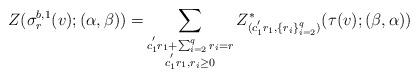
LaTeX: \begin{align*}\begin{aligned}Z(\sigma^{b,1}_{r}(v);(\alpha,\beta))=&\sum_{\begin{subarray}{c}c^{'}_{1}r_1+\sum_{i=2}^{q}r_i=r\\c^{'}_{1}r_1, r_i\ge0\end{subarray}}Z^{*}_{(c^{'}_1r_1,\{r_i\}_{i=2}^{q})}(\tau(v);(\beta,\alpha))\end{aligned}\end{align*}